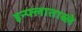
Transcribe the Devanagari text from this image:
इन्फ्लाताब्ले